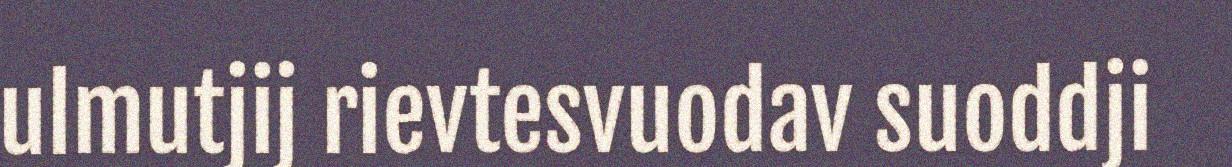
ulmutjij rievtesvuodav suoddji